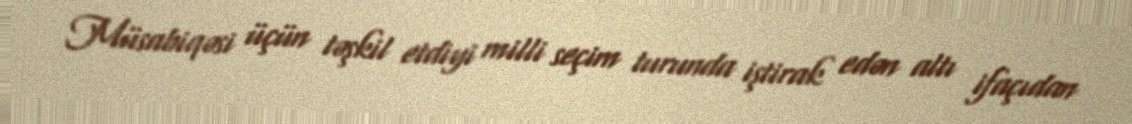
Müsabiqəsi üçün təşkil etdiyi milli seçim turunda iştirak edən altı ifaçıdan